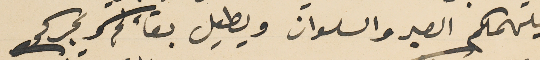
يلهمكم الصبر والسلوان ويطيل بقاءكم و سبركم